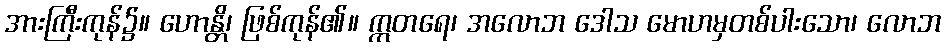
အားကြီးကုန်၌။ ဟောန္တိ၊ ဖြစ်ကုန်၏။ ဣတရေ၊ အလောဘ ဒေါသ မောဟမှတစ်ပါးသော၊ လောဘ